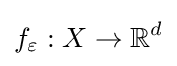
f_{\varepsilon }:X\rightarrow \mathbb {R} ^{d}